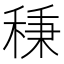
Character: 𥟱